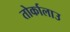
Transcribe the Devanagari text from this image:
तोर्कालाउ